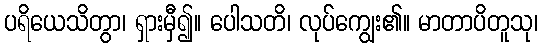
ပရိယေသိတွာ၊ ရှားမှီ၍။ ပေါသတိ၊ လုပ်ကျွေး၏။ မာတာပိတူသု၊